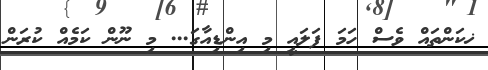
ޚކަންތައް ވެސް ހަމަ ފަލައީ މި އިންޑިއާގަ... މި ނޫން ކަމެއް ކުރަން